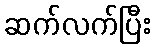
ဆက်လက်ပြီး